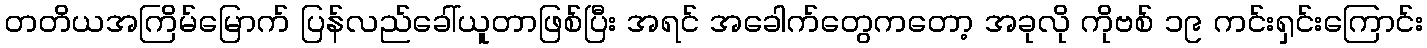
တတိယအကြိမ်မြောက် ပြန်လည်ခေါ်ယူတာဖြစ်ပြီး အရင် အခေါက်တွေကတော့ အခုလို ကိုဗစ် ၁၉ ကင်းရှင်းကြောင်း